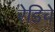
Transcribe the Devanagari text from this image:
रेडिचे